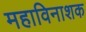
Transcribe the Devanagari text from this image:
महाविनाशक